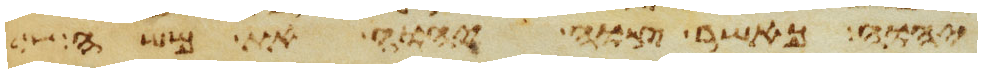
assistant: יהוה כאשר צוה יהוה את משה